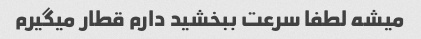
میشه لطفا سرعت ببخشید دارم قطار میگیرم